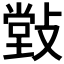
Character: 𰕒